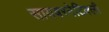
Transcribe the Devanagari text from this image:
सायबरनेटिक्ली